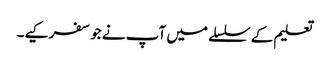
تعلیم کے سلسلے میں آپ نے جو سفر کیے۔